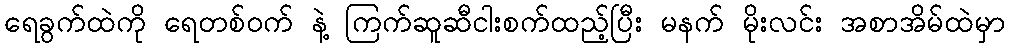
ရေခွက်ထဲကို ရေတစ်ဝက် နဲ့ ကြက်ဆူဆီငါးစက်ထည့်ပြီး မနက် မိုးလင်း အစာအိမ်ထဲမှာ